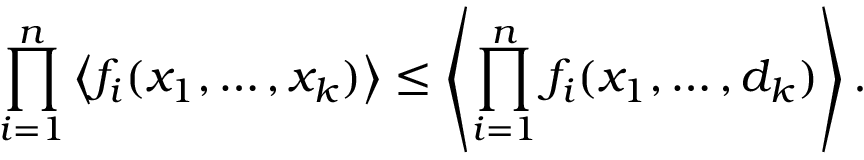
\prod _ { i = 1 } ^ { n } \left\langle f _ { i } ( x _ { 1 } , \dots , x _ { k } ) \right\rangle \leq \left\langle \prod _ { i = 1 } ^ { n } f _ { i } ( x _ { 1 } , \dots , d _ { k } ) \right\rangle .